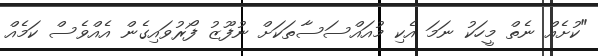
"ކުށެއް ނެތް މީހަކު ނަމަ އެކި މުއައްސަސާތަކަށް ނުފޫޒު ފޯރުވައިގެން އެއްވެސް ކަމެއް